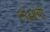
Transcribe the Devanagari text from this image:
१९६१ची